Lunatic asylums Central Provinces reports 1874-1885 - 1874-1885
Year: 1874
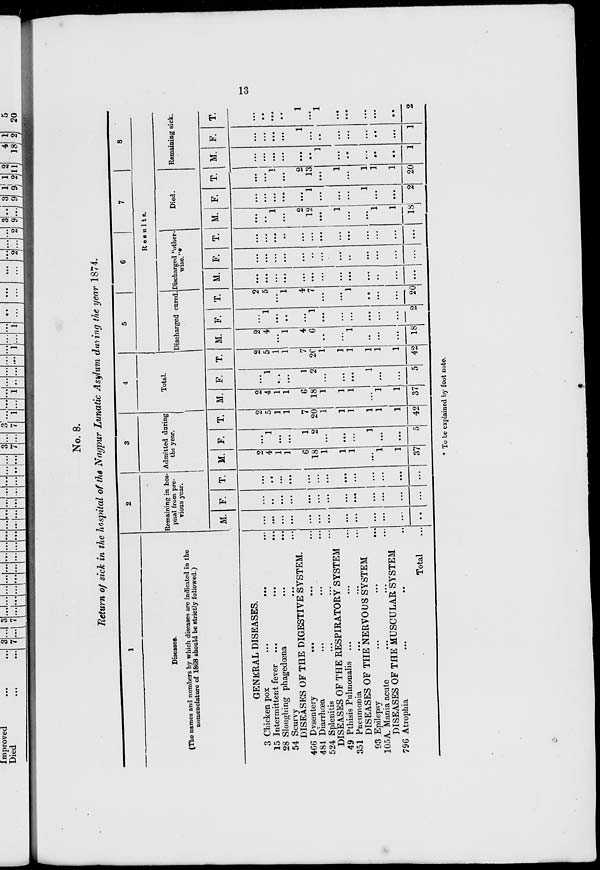
13
No. 8.
Return of sick in the hospital of the Nagpur Lunatic Asylum during the year 1874.
1
Diseases.
(The names and numbers by which diseases are indicated in the
nomenclature of 1868 should be strictly followed.)
GENERAL DISEASES.
3 Chicken pox
...
...
15 Intermittent fever
...
...
...
28 Sloughing phagedœna
...
...
54 Scurvy ... ...
DISEASES OF THE DIGESTIVE SYSTEM.
466 Dysentery ... ... ...
484 Diarrhœa ... ... ...
524 Splenitis ... ... ...
DISEASES OF THE RESPIRATORY SYSTEM
49 Pthisis Pulmonalis ... ... ...
351 Pneumonia ... ... ...
DISEASES OF THE NERVOUS SYSTEM
93 Epilepsy
...
...
...
105 A. Mania acute ... ... ...
DISEASES OF THE MUSCULAR SYSTEM
796 Atrophia ... ... ...
Total ...
2
Remaining in hos-
pital from pre-
vious year.
M.
...
...
...
...
...
...
...
...
...
...
...
...
...
F.
...
...
...
...
...
...
...
...
...
...
...
...
...
T.
...
...
...
...
...
...
...
...
...
...
...
...
...
3
Admitted during
the year.
M.
2
4
1
1
6
18
1
1
1
...
1
1
37
F.
...
1
....
...
1
2
...
...
...
1
...
...
5
T.
2
5
1
1
7
20
1
1
1
1
1
1
42
4
Total.
M.
2
4
1
1
6
18
1
1
1
...
1
1
37
F.
...
1
...
...
1
2
...
...
...
1
...
...
5
T.
2
5
...
1
7
20
1
1
1
1
1
1
42
5
6
7
8
Results.
Discharged cured.
M.
2
4
...
1
4
6
...
...
1
...
...
...
18
F.
...
1
...
...
...
1
...
...
...
...
...
...
2
T.
2
5
...
1
4
7
...
...
1
...
...
...
20
Discharged "other-
wise. "
M.
...
...
...
...
...
...
...
...
...
...
...
...
...
F.
...
...
...
...
...
...
...
...
...
...
...
...
...
T.
...
...
...
...
...
...
...
...
...
...
...
...
...
Died.
M.
...
...
1
...
2
12
...
1
...
...
1
1
18
F.
...
...
...
...
...
1
...
...
...
1
...
...
2
T.
...
...
1
...
2
13
...
1
...
1
1
1
20
Remaining sick.
M.
...
...
...
...
...
...
1
...
...
...
...
...
1
F.
...
...
...
...
1
...
...
...
...
...
...
...
1
T.
...
...
...
...
1
...
1
...
...
...
...
...
2
* To be explained by foot note.